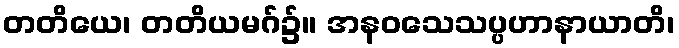
တတိယေ၊ တတိယမဂ်၌။ အနဝသေသပ္ပဟာနာယာတိ၊